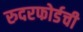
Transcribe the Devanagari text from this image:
रुदरफोर्डची